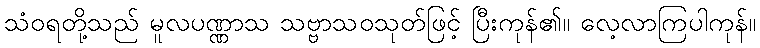
သံဝရတို့သည် မူလပဏ္ဏာသ သဗ္ဗာသဝသုတ်ဖြင့် ပြီးကုန်၏။ လေ့လာကြပါကုန်။